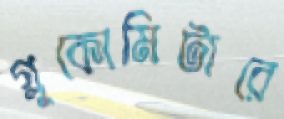
গ্লুকোমিটারে